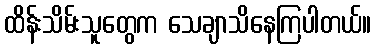
ထိန်းသိမ်းသူတွေက သေချာသိနေကြပါတယ်။